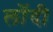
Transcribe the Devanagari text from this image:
लोंदी